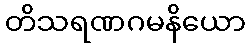
တိသရဏဂမနိယော